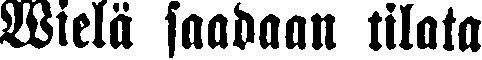
Wielä saadaan tilata